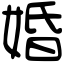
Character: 婚